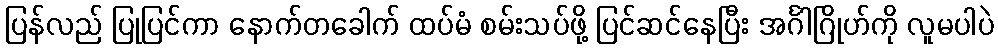
ပြန်လည် ပြုပြင်ကာ နောက်တခေါက် ထပ်မံ စမ်းသပ်ဖို့ ပြင်ဆင်နေပြီး အင်္ဂါဂြိုဟ်ကို လူမပါပဲ